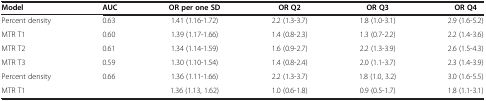
<table><thead><tr><td><b>Model</b></td><td><b>AUC</b></td><td><b>OR per one SD</b></td><td><b>OR Q2</b></td><td><b>OR Q3</b></td><td><b>OR Q4</b></td></tr></thead><tbody><tr><td>Percent density</td><td>0.63</td><td>1.41 (1.16-1.72)</td><td>2.2 (1.3-3.7)</td><td>1.8 (1.0-3.1)</td><td>2.9 (1.6-5.2)</td></tr><tr><td>MTR T1</td><td>0.60</td><td>1.39 (1.17-1.66)</td><td>1.4 (0.8-2.3)</td><td>1.3 (0.7-2.2)</td><td>2.2 (1.4-3.6)</td></tr><tr><td>MTR T2</td><td>0.61</td><td>1.34 (1.14-1.59)</td><td>1.6 (0.9-2.7)</td><td>2.2 (1.3-3.9)</td><td>2.6 (1.5-4.3)</td></tr><tr><td>MTR T3</td><td>0.59</td><td>1.30 (1.10-1.54)</td><td>1.4 (0.8-2.4)</td><td>2.0 (1.1-3.7)</td><td>2.3 (1.4-3.9)</td></tr><tr><td>Percent density</td><td>0.66</td><td>1.36 (1.11-1.66)</td><td>2.2 (1.3-3.7)</td><td>1.8 (1.0, 3.2)</td><td>3.0 (1.6-5.5)</td></tr><tr><td>MTR T1</td><td> </td><td>1.36 (1.13, 1.62)</td><td>1.0 (0.6-1.8)</td><td>0.9 (0.5-1.7)</td><td>1.8 (1.1-3.1)</td></tr></tbody></table>